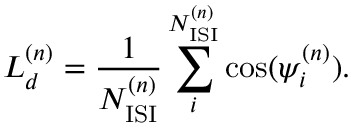
{ \cal L } _ { d } ^ { ( n ) } = { \frac { 1 } { N _ { \mathrm { I S I } } ^ { ( n ) } } } \sum _ { i } ^ { N _ { \mathrm { I S I } } ^ { ( n ) } } \cos ( \psi _ { i } ^ { ( n ) } ) .